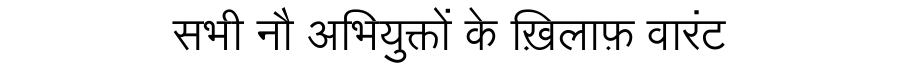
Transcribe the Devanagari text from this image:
सभी नौ अभियुक्तों के ख़िलाफ़ वारंट